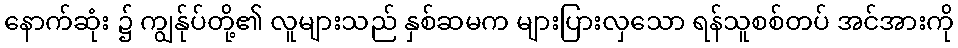
နောက်ဆုံး ၌ ကျွန်ုပ်တို့၏ လူများသည် နှစ်ဆမက များပြားလှသော ရန်သူစစ်တပ် အင်အားကို